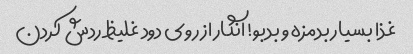
غذا بسیار بدمزه و بدبو! انگار از روی دود غلیظ ردش کردن